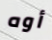
أوه